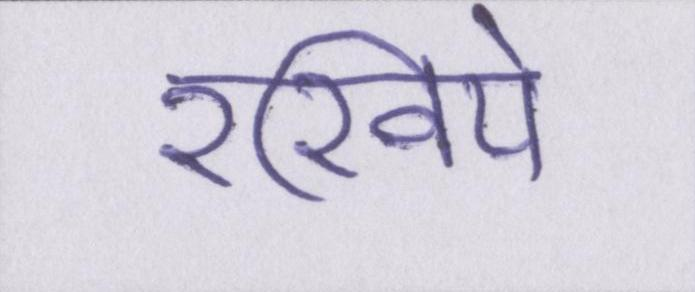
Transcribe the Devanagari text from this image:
रखिये